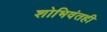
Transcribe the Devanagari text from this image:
शोभिवंतही